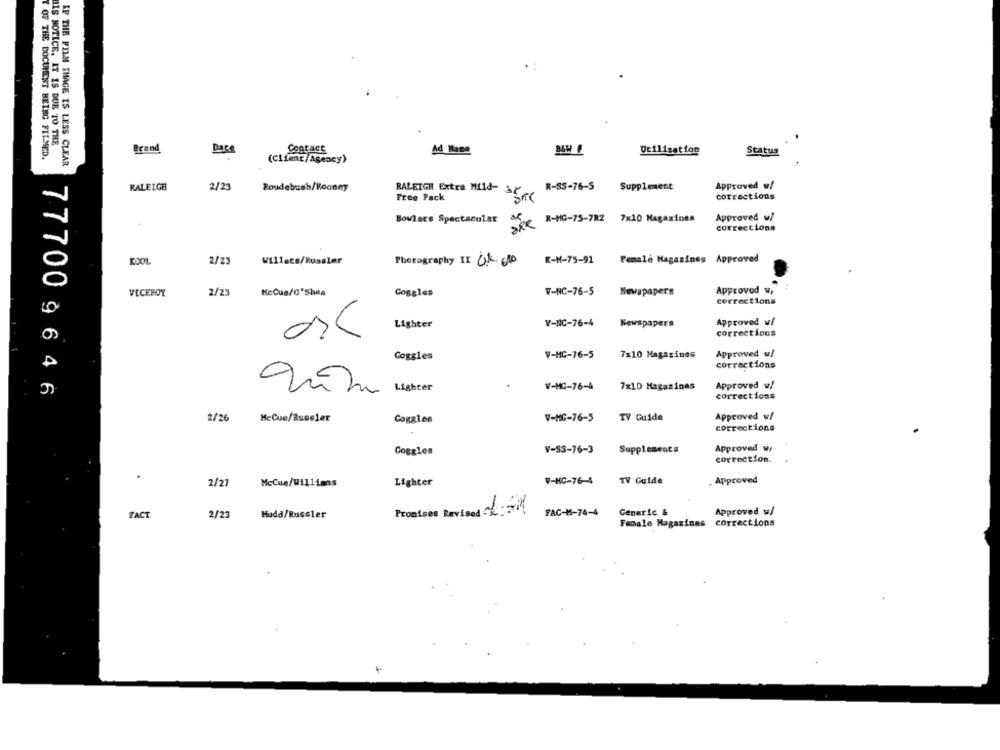
HIS NOTICE. IT IS DUE TO THE
Brand
Ad Mane
Utilization
Status
Y OF THE DOCUMENT BEING FILMED.
Dasa
Contact
IF THE FILM IMAGE IS LESS CLEAR
(Client/Agency)
RALEIGH
2/23
Roudebush/Rooney
RALEIGH Extra Mild-
R-SS-76-S
Supplement
Approved w/
Free Pack
corrections
Bovlacs Spectacular
Approved w/
SPR R-HG-75-7RZ 7x10 Magazines
corrections
2/23
Willacs/Russler
Photography II O.K. GAD
K-M-75-91
Female Magazines Approved
VECEROY
2/23
KeCue/0'Shea
Coggles
V-NC-76-5
Newspapers
Approved W,
corrections
V-NC-76-4
Approved w/
Lighter
Newspapers
corrections
Approved w/
Goggles
V-HC-76-5
7x10 Magazines
corrections
77700 9 646
Lighter
V-MC-76-4
7x10 Magazines
Approved w/
corrections
2/26
HeCue/Russler
Goggles
V-MC-76-5
TV Guide
Approved w/
corrections
V-83-76-3
Supplements
Approved w.
Goggles
correction.
.
V-NC-76-4
TV Guide
Approved
2/27
McCue/Willians
Lighter
Promises Revised :-
Approved w/
FACT
2/23
Hudd/Russler
FAC-M-74-4
Generic &
Female Magazinas corrections